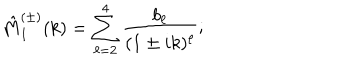
\hat { M } _ { 1 } ^ { ( \pm ) } ( k ) = \sum _ { \ell = 2 } ^ { 4 } \frac { b _ { \ell } } { ( 1 \pm i k ) ^ { \ell } } ;